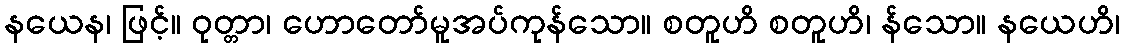
နယေန၊ ဖြင့်။ ဝုတ္တာ၊ ဟောတော်မူအပ်ကုန်သော။ စတူဟိ စတူဟိ၊ န်သော။ နယေဟိ၊